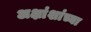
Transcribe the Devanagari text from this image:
अक्षांशांच्या